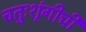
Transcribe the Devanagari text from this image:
चतुःशृंगीची